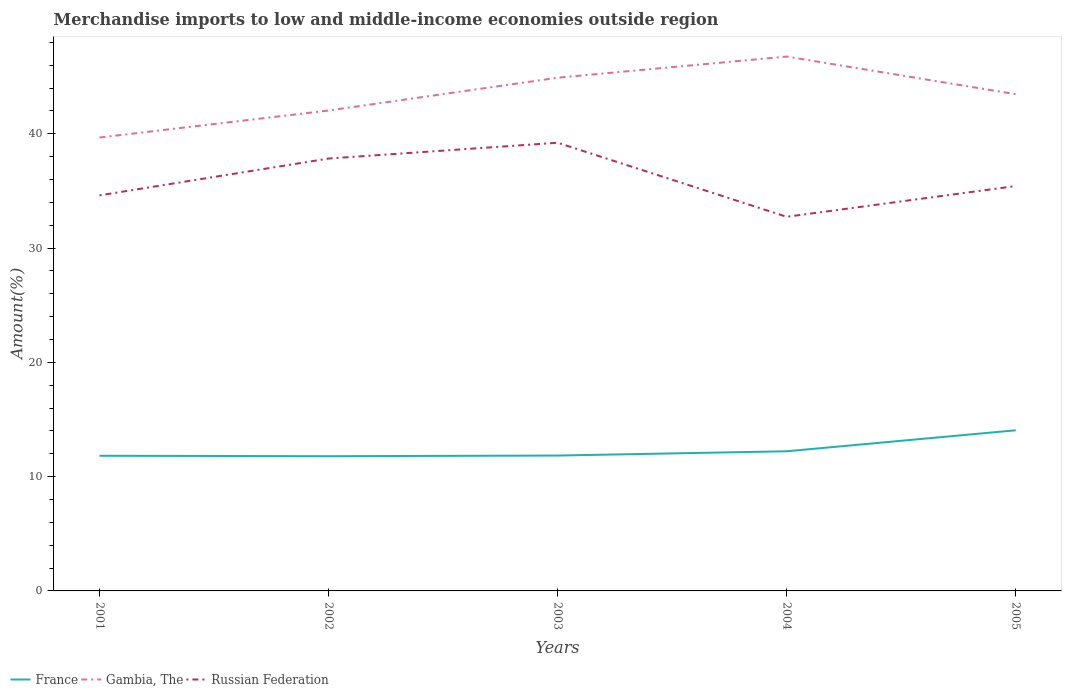
| Years | France | Gambia, The | Russian Federation |
 | --- | --- | --- | --- |
 | 2001 | 11.8 | 39.7 | 34.6 |
 | 2002 | 11.8 | 42 | 37.8 |
 | 2003 | 11.8 | 44.9 | 39.2 |
 | 2004 | 12.2 | 46.8 | 32.7 |
 | 2005 | 14.1 | 43.5 | 35.4 |